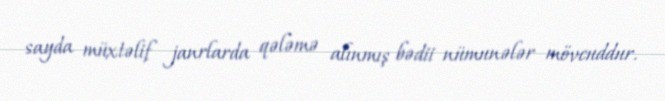
sayda müxtəlif janrlarda qələmə alınmış bədii nümunələr mövcuddur.